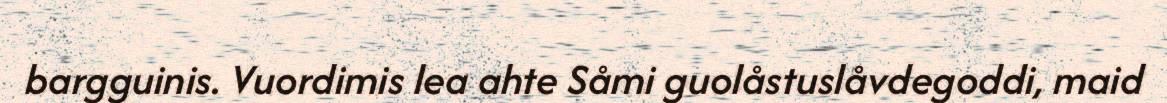
bargguinis. Vuordimis lea ahte Såmi guolåstuslåvdegoddi, maid